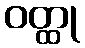
ဝတ္ထု